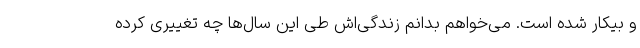
و بیکار شده است. می‌خواهم بدانم زندگی‌اش طی این سال‌ها چه تغییری کرده